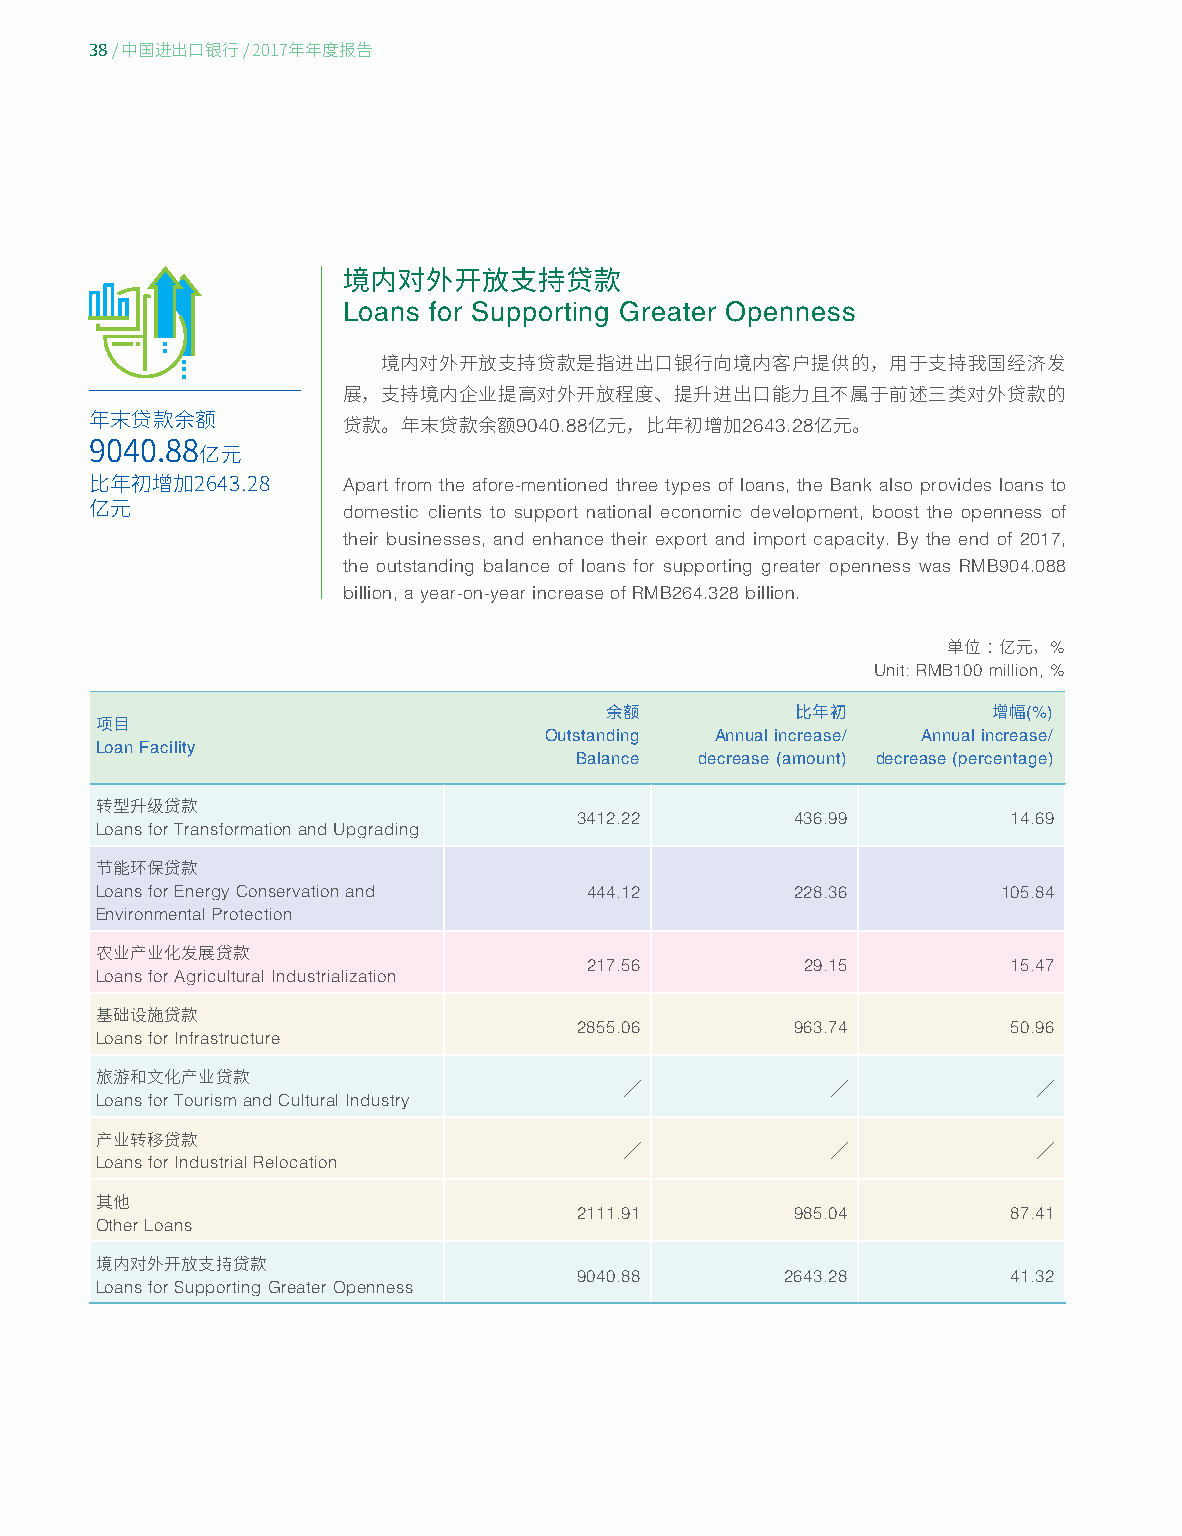
38
 / 中国进出口银行/ 2017年年度报告
 境内对外开放支持贷款
 Loans for Supporting Greater Openness
 境内对外开放支持贷款是指进出口银行向境内客户提供的，用于支持我国经济发
 展，支持境内企业提高对外开放程度、提升进出口能力且不属于前述三类对外贷款的
 9040.88        2643.28
 年末贷款余额           贷款。年末贷款余额       亿元，比年初增加       亿元。
 9040.88亿元
 Apart from the afore-mentioned three types of loans, the Bank also provides loans to
 比年初增加2643.28
 domestic clients to support national economic development, boost the openness of
 亿元
 their businesses, and enhance their export and import capacity. By the end of 2017,
 the outstanding balance of loans for supporting greater openness was RMB904.088
 billion, a year-on-year increase of RMB264.328 billion.
 %
 单位：亿元，
 Unit: RMB100 million, %
 (%)
 余额           比年初          增幅
 项目                            Outstanding Annual increase/ Annual increase/
 Loan Facility
 Balance decrease (amount) decrease (percentage)
 转型升级贷款                          3412.22        436.99        14.69
 Loans for Transformation and Upgrading
 节能环保贷款
 Loans for Energy Conservation and 444.12       228.36       105.84
 Environmental Protection
 农业产业化发展贷款                        217.56        29.15         15.47
 Loans for Agricultural Industrialization
 基础设施贷款                          2855.06        963.74        50.96
 Loans for Infrastructure
 旅游和文化产业贷款
 Loans for Tourism and Cultural Industry ╱        ╱             ╱
 产业转移贷款
 Loans for Industrial Relocation    ╱             ╱             ╱
 其他                              2111.91        985.04        87.41
 Other Loans
 境内对外开放支持贷款                      9040.88       2643.28        41.32
 Loans for Supporting Greater Openness